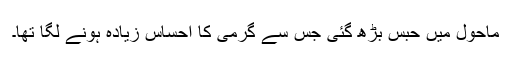
ماحول میں حبس بڑھ گئی جس سے گرمی کا احساس زیادہ ہونے لگا تھا۔